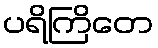
ပရိကြိတေ